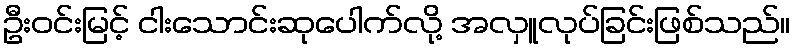
ဦးဝင်းမြင့် ငါးသောင်းဆုပေါက်လို့ အလှူလုပ်ခြင်းဖြစ်သည်။